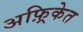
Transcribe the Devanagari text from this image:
अफ़्रिकेत